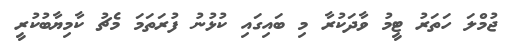
ޖުމްލަ ހަތަރު ޓީމު ވާދަކުރާ މި ބައިގައި ކުޅުނު ފުރަތަމަ މެޗު ކާމިޔާބުކުރީ